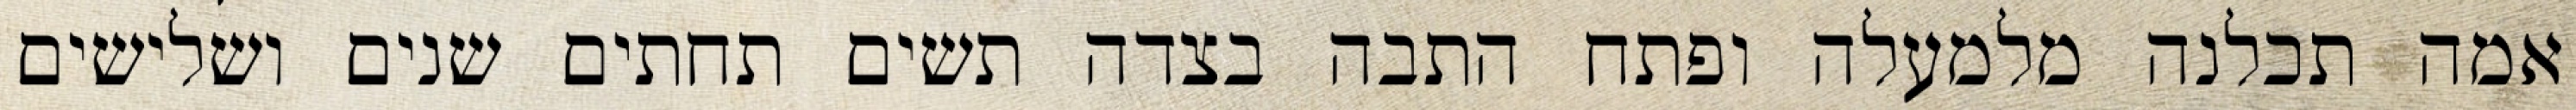
אמה תכלנה מלמעלה ופתח התבה בצדה תשים תחתים שנים ושלישים